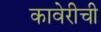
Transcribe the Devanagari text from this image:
कावेरीची